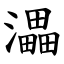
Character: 㵽